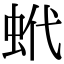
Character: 蚮